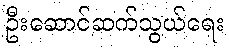
ဦးဆောင်ဆက်သွယ်ရေး